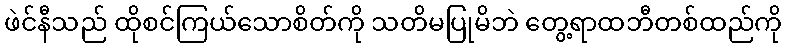
ဖဲင်နီသည် ထိုစင်ကြယ်သောစိတ်ကို သတိမပြုမိဘဲ တွေ့ရာထဘီတစ်ထည်ကို